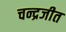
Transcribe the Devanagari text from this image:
चन्द्रजीत